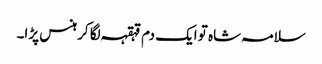
سلامہ شاہ تو ایک دم قہقہہ لگا کر ہنس پڑا۔